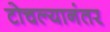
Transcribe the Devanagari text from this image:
टोचल्यानंतर